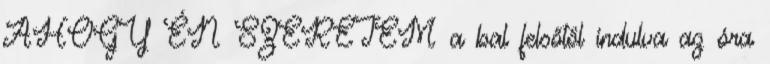
AHOGY ÉN SZERETEM a bal felsőtől indulva az óra